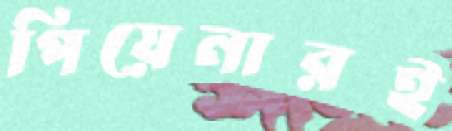
পিয়েনারই